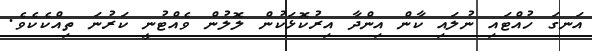
އަނގަ ހުއްޓައި ނުލައި ކާން އިންދާ އިރުކޮޅަކުން ލޮލުން ވެއްޓުނީ ކަރުނަ ތިއްކެކެވެ.